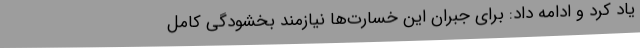
یاد کرد و ادامه داد: برای جبران این خسارت‌ها نیازمند بخشودگی کامل